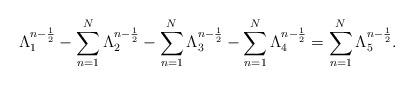
LaTeX: \begin{align*} \Lambda_1^{n-\frac{1}{2}}-\sum\limits_{n=1}^{N}\Lambda_2^{n-\frac{1}{2}}-\sum\limits_{n=1}^{N}\Lambda_3^{n-\frac{1}{2}}-\sum\limits_{n=1}^{N}\Lambda_4^{n-\frac{1}{2}}=\sum\limits_{n=1}^{N}\Lambda_5^{n-\frac{1}{2}}. \end{align*}